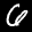
Label: 6